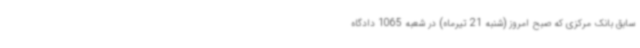
سابق بانک مرکزی که صبح امروز (شنبه 21 تیرماه) در شعبه 1065 دادگاه